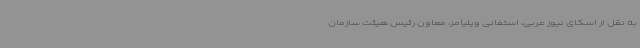
به نقل از اسکای نیوز عربی، استفانی ویلیامز، معاون رئیس هیئت سازمان